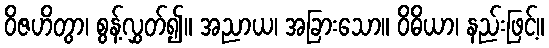
ဝိဇဟိတွာ၊ စွန့်လွှတ်၍။ အညာယ၊ အခြားသော။ ဝိဓိယာ၊ နည်းဖြင့်။